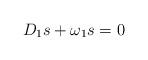
LaTeX: \begin{align*}D_1s + \omega_1s = 0\end{align*}